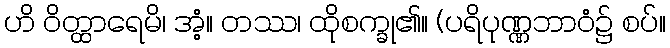
ဟိ ဝိတ္ထာရေမိ၊ အံ့။ တဿ၊ ထိုစက္ခု၏။ (ပရိပုဏ္ဏဘာဝံ၌ စပ်။